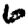
Digit: 6